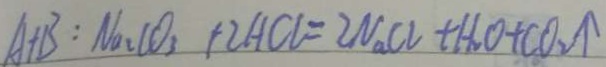
A + B : N a _ { 2 } C O _ { 3 } + 2 H C l = 2 N a C l + H _ { 2 } O + C O _ { 2 } \uparrow